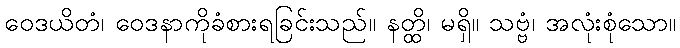
ဝေဒယိတံ၊ ဝေဒနာကိုခံစားရခြင်းသည်။ နတ္ထိ၊ မရှိ။ သဗ္ဗံ၊ အလုံးစုံသော။